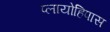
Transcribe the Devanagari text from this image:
प्लायोहिपास